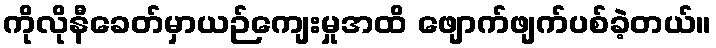
ကိုလိုနီခေတ်မှာယဉ်ကျေးမှုအထိ ဖျောက်ဖျက်ပစ်ခဲ့တယ်။